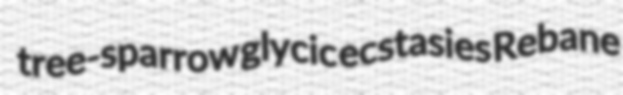
tree-sparrow glycic ecstasies Rebane